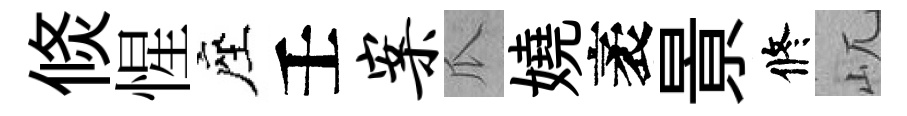
倐惺座壬案瓜嬈袤㬌修屼